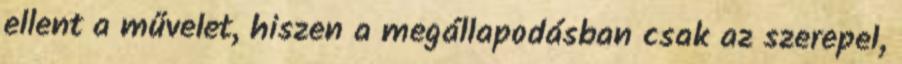
ellent a művelet, hiszen a megállapodásban csak az szerepel,